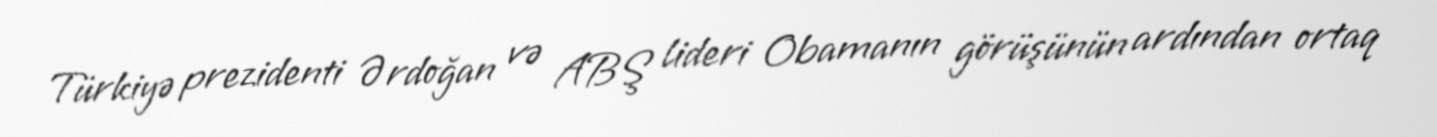
Türkiyə prezidenti Ərdoğan və ABŞ lideri Obamanın görüşünün ardından ortaq